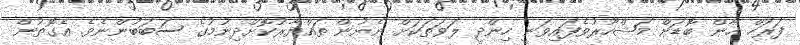
ފަރަހް ޚާން ބޮޑަށް މަޝްހޫރުވެފައިވަނީ ހިންދީ ލަވަތަކަށް ނެށުން ތައްޔާރުކޮށްދިނުމުގެ ސަބަބުންނެވެ. އެގޮތުން